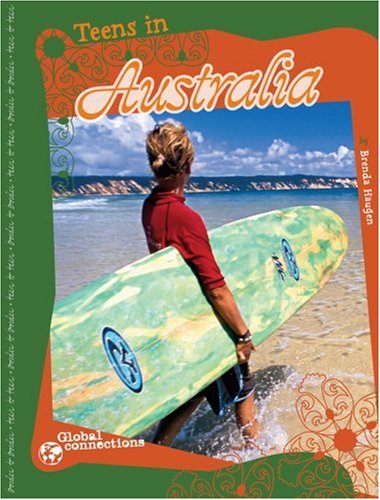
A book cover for Teens in Australia (Global Connections); Brenda Haugen; Children's Books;